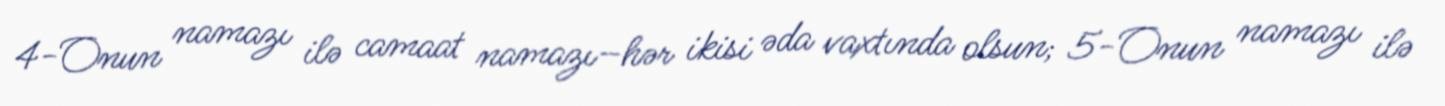
4-Onun namazı ilə camaat namazı–hər ikisi əda vaxtında olsun; 5-Onun namazı ilə